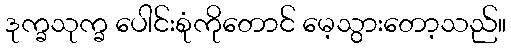
ဒုက္ခသုက္ခ ပေါင်းစုံကိုတောင် မေ့သွားတော့သည်။